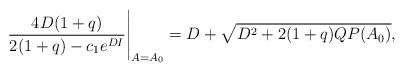
LaTeX: \begin{align*}\frac{4 D(1+q)}{2(1+q)-c_1 e^{D I}} \Bigg\vert_{A=A_0}=D + \sqrt{D^2+2(1+q)QP(A_0)} ,\end{align*}